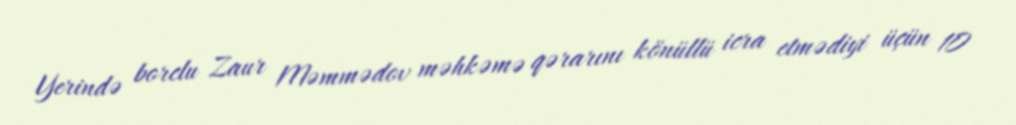
Yerində borclu Zaur Məmmədov məhkəmə qərarını könüllü icra etmədiyi üçün 10